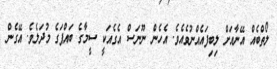
ލޯތްބެއް އޭނާއަށް ލިބިފައެއްނުވެއެވެ. އެހެން ނޫނަސް އެގެއަކީ ސީމާގެ ބައްޕަގެ މުދަލެވެ. އޭގެން